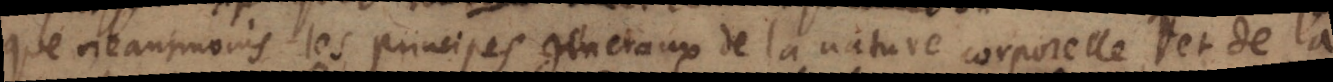
que neantmoins les principes generaux de la nature corporelle, et de la